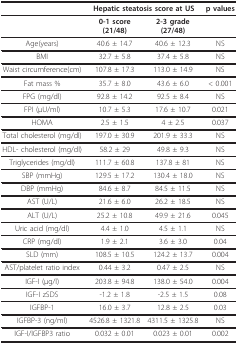
<table><thead><tr><td></td><td colspan="2"><b>Hepatic steatosis score at US</b></td><td><b>p values</b></td></tr></thead><tbody><tr><td></td><td><b>0-1 score</b><b>(21/48)</b></td><td><b>2-3 grade</b><b>(27/48)</b></td><td></td></tr><tr><td>Age(years)</td><td>40.6 ± 14.7</td><td>40.6 ± 12.3</td><td>NS</td></tr><tr><td>BMI</td><td>32.7 ± 5.8</td><td>37.4 ± 5.8</td><td>NS</td></tr><tr><td>Waist circumference(cm)</td><td>107.8 ± 17.3</td><td>113.0 ± 14.9</td><td>NS</td></tr><tr><td>Fat mass %</td><td>35.7 ± 8.0</td><td>43.6 ± 6.0</td><td>&lt; 0.001</td></tr><tr><td>FPG (mg/dl)</td><td>92.8 ± 14.2</td><td>92.5 ± 8.4</td><td>NS</td></tr><tr><td>FPI (μU/ml)</td><td>10.7 ± 5.3</td><td>17.6 ± 10.7</td><td>0.021</td></tr><tr><td>HOMA</td><td>2.5 ± 1.5</td><td>4 ± 2.5</td><td>0.037</td></tr><tr><td>Total cholesterol (mg/dl)</td><td>197.0 ± 30.9</td><td>201.9 ± 33.3</td><td>NS</td></tr><tr><td>HDL- cholesterol (mg/dl)</td><td>58.2 ± 29</td><td>49.8 ± 9.3</td><td>NS</td></tr><tr><td>Triglycerides (mg/dl)</td><td>111.7 ± 60.8</td><td>137.8 ± 81</td><td>NS</td></tr><tr><td>SBP (mmHg)</td><td>129.5 ± 17.2</td><td>130.4 ± 18.0</td><td>NS</td></tr><tr><td>DBP (mmHg)</td><td>84.6 ± 8.7</td><td>84.5 ± 11.5</td><td>NS</td></tr><tr><td>AST (U/L)</td><td>21.6 ± 6.0</td><td>26.2 ± 18.5</td><td>NS</td></tr><tr><td>ALT (U/L)</td><td>25.2 ± 10.8</td><td>49.9 ± 21.6</td><td>0.045</td></tr><tr><td>Uric acid (mg/dl)</td><td>4.4 ± 1.0</td><td>4.5 ± 1.1</td><td>NS</td></tr><tr><td>CRP (mg/dl)</td><td>1.9 ± 2.1</td><td>3.6 ± 3.0</td><td>0.04</td></tr><tr><td>SLD (mm)</td><td>108.5 ± 10.5</td><td>124.2 ± 13.7</td><td>0.004</td></tr><tr><td>AST/platelet ratio index</td><td>0.44 ± 3.2</td><td>0.47 ± 2.5</td><td>NS</td></tr><tr><td>IGF-I (μg/l)</td><td>203.8 ± 94.8</td><td>138.0 ± 54.0</td><td>0.004</td></tr><tr><td>IGF-I zSDS</td><td>-1.2 ± 1.8</td><td>-2.5 ± 1.5</td><td>0.08</td></tr><tr><td>IGFBP-1</td><td>16.0 ± 3.7</td><td>12.8 ± 2.5</td><td>0.03</td></tr><tr><td>IGFBP-3 (ng/ml)</td><td>4526.8 ± 1321.8</td><td>4311.5 ± 1325.8</td><td>NS</td></tr><tr><td>IGF-I/IGFBP3 ratio</td><td>0.032 ± 0.01</td><td>0.023 ± 0.01</td><td>0.002</td></tr></tbody></table>